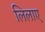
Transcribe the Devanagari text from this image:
लिलाए